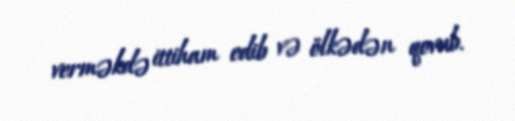
verməkdə ittiham edib və ölkədən qovub.